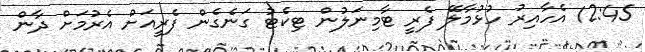
12:45 އެހާއިރު ހުޅުމާލޭ ފެރީ ޓާމިނަލުން ޓިކެޓު ގަނެގެން ފެރީއަށް އެރުމަށް ދާން